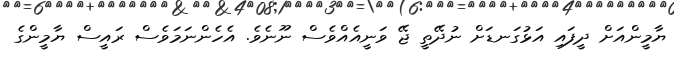
ޔާމީންއަށް ދީފައި އަޅުގަނޑަށް ނުދޭތީ ޖޭ ވަނީއެއްވެސް ނޫނެވެ. އެހެންނަމަވެސް ރައީސް ޔާމީންގެ